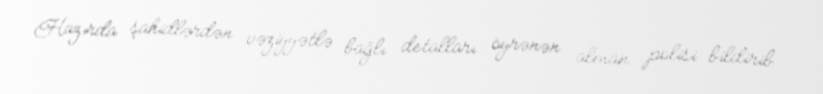
Hazırda şahidlərdən vəziyyətlə bağlı detalları öyrənən alman polisi bildirib